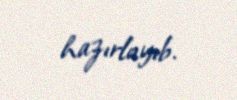
hazırlayıb.